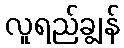
လူရည်ချွန်